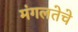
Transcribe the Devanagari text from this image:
मंगलतेचे